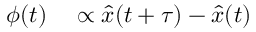
\begin{array} { r l } { \phi ( t ) } & { { } \propto \hat { x } ( t + \tau ) - \hat { x } ( t ) } \end{array}